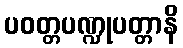
ပဝတ္တပဏ္ဍုပတ္တာနိ